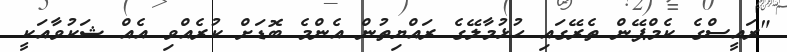
"ރައީސްގެ ކެމްޕޭން ތެރޭގައި ހުޅުމާލޭގެ ރައްޔިތުން އެންމެ ބޮޑަށް ކުރެއްވި އެއް ޝަކުވާއަކީ